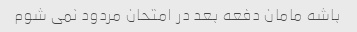
باشه مامان دفعه بعد در امتحان مردود نمی شوم